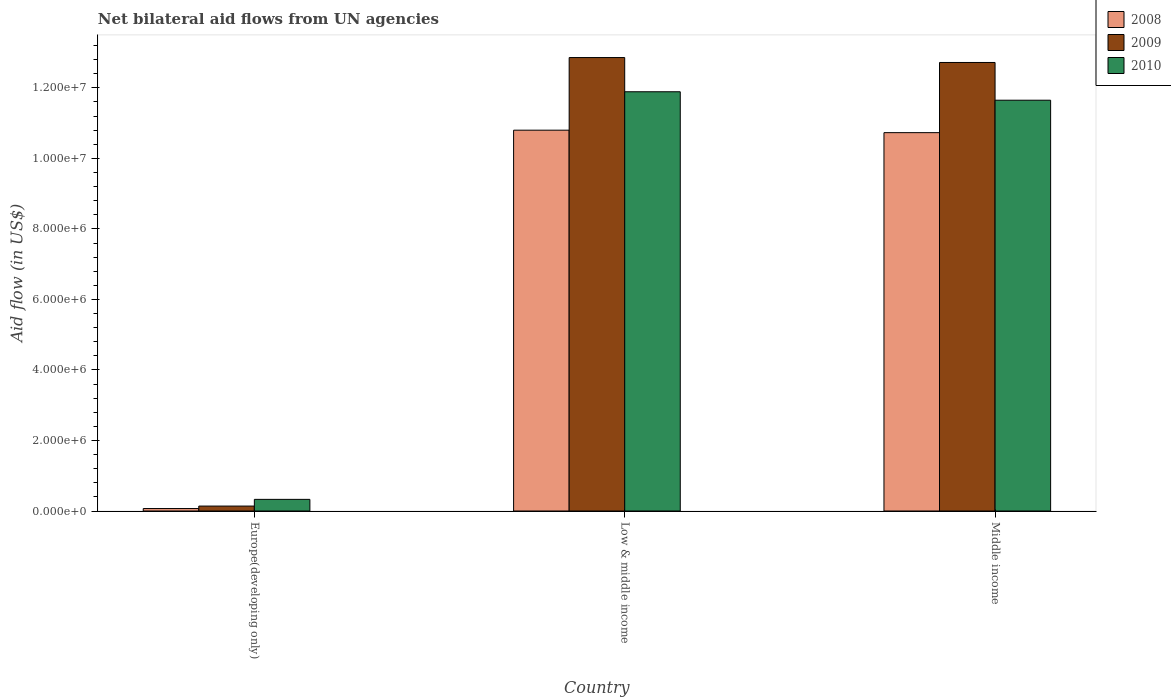
| Country | 2008 | 2009 | 2010 |
 | --- | --- | --- | --- |
 | Europe(developing only) | 7e+04 | 1.4e+05 | 3.3e+05 |
 | Low & middle income | 1.08e+07 | 1.29e+07 | 1.19e+07 |
 | Middle income | 1.07e+07 | 1.27e+07 | 1.16e+07 |